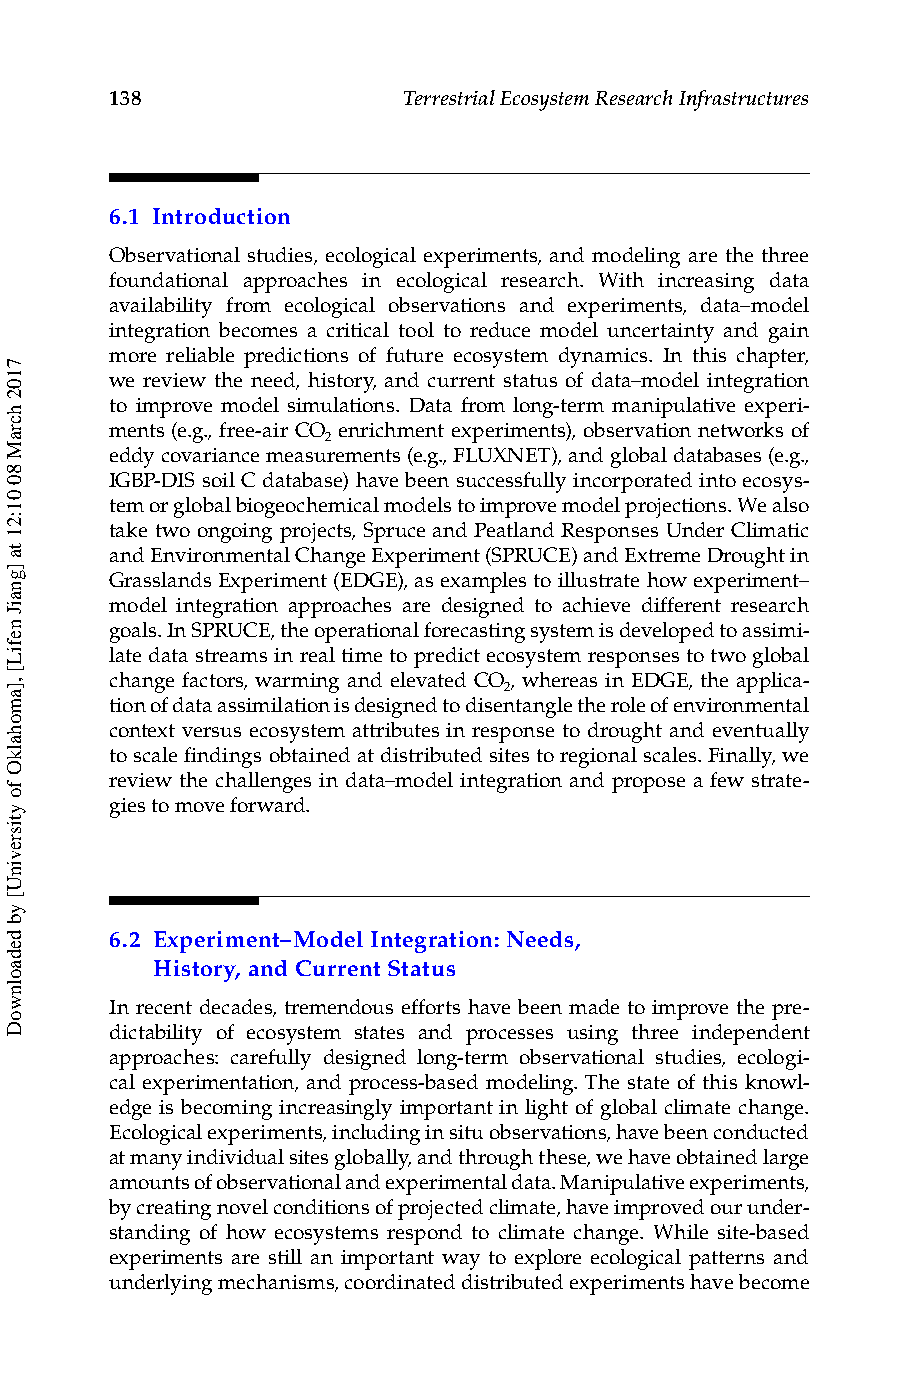
138                 Terrestrial Ecosystem Research Infrastructures
 6.1 Introduction
 Observational studies, ecological experiments, and modeling are the three
 foundational approaches in ecological research. With increasing data
 availability from ecological observations and experiments, data–model
 integration becomes a critical tool to reduce model uncertainty and gain
 more reliable predictions of future ecosystem dynamics. In this chapter,
 we review the need, history, and current status of data–model integration
 to improve model simulations. Data from long-term manipulative experi-
 ments (e.g., free-air CO enrichment experiments), observation networks of
 2
 eddy covariance measurements (e.g., FLUXNET), and global databases (e.g.,
 IGBP-DIS soil C database) have been successfully incorporated into ecosys-
 tem or global biogeochemical models to improve model projections. We also
 take two ongoing projects, Spruce and Peatland Responses Under Climatic
 and Environmental Change Experiment (SPRUCE) and Extreme Drought in
 Grasslands Experiment (EDGE), as examples to illustrate how experiment–
 model integration approaches are designed to achieve different research
 goals. In SPRUCE, the operational forecasting system is developed to assimi-
 late data streams in real time to predict ecosystem responses to two global
 change factors, warming and elevated CO , whereas in EDGE, the applica- 2
 tion of data assimilation is designed to disentangle the role of environmental
 context versus ecosystem attributes in response to drought and eventually
 to scale findings obtained at distributed sites to regional scales. Finally, we
 review the challenges in data–model integration and propose a few strate-
 gies to move forward.
 6.2 E xperiment–Model Integration: Needs,
 History, and Current Status
 In recent decades, tremendous efforts have been made to improve the pre-
 dictability of ecosystem states and processes using three independent
 approaches: carefully designed long-term observational studies, ecologi-
 cal experimentation, and process-based modeling. The state of this knowl-
 edge is becoming increasingly important in light of global climate change.
 Ecological experiments, including in situ observations, have been conducted
 at many individual sites globally, and through these, we have obtained large
 amounts of observational and experimental data. Manipulative experiments,
 by creating novel conditions of projected climate, have improved our under-
 standing of how ecosystems respond to climate change. While site-based
 experiments are still an important way to explore ecological patterns and
 underlying mechanisms, coordinated distributed experiments have become
 7102
 hcraM
 80
 01:21
 ta
 ]gnaiJ
 nefiL[
 ,]amohalkO
 fo
 ytisrevinU[
 yb
 dedaolnwoD